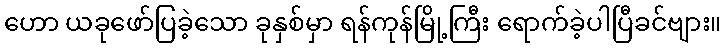
ဟော ယခုဖော်ပြခဲ့သော ခုနှစ်မှာ ရန်ကုန်မြို့ကြီး ရောက်ခဲ့ပါပြီခင်ဗျား။